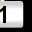
Digit: 1